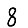
Digit: 8